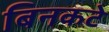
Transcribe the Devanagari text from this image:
बिनकटे